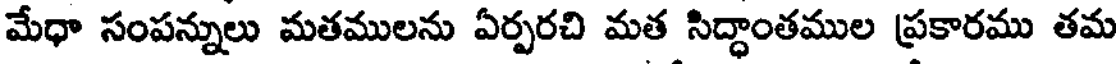
మేధా సంపన్నులు మతములను ఏర్పరచి మత సిద్ధాంతముల ప్రకారము తమ